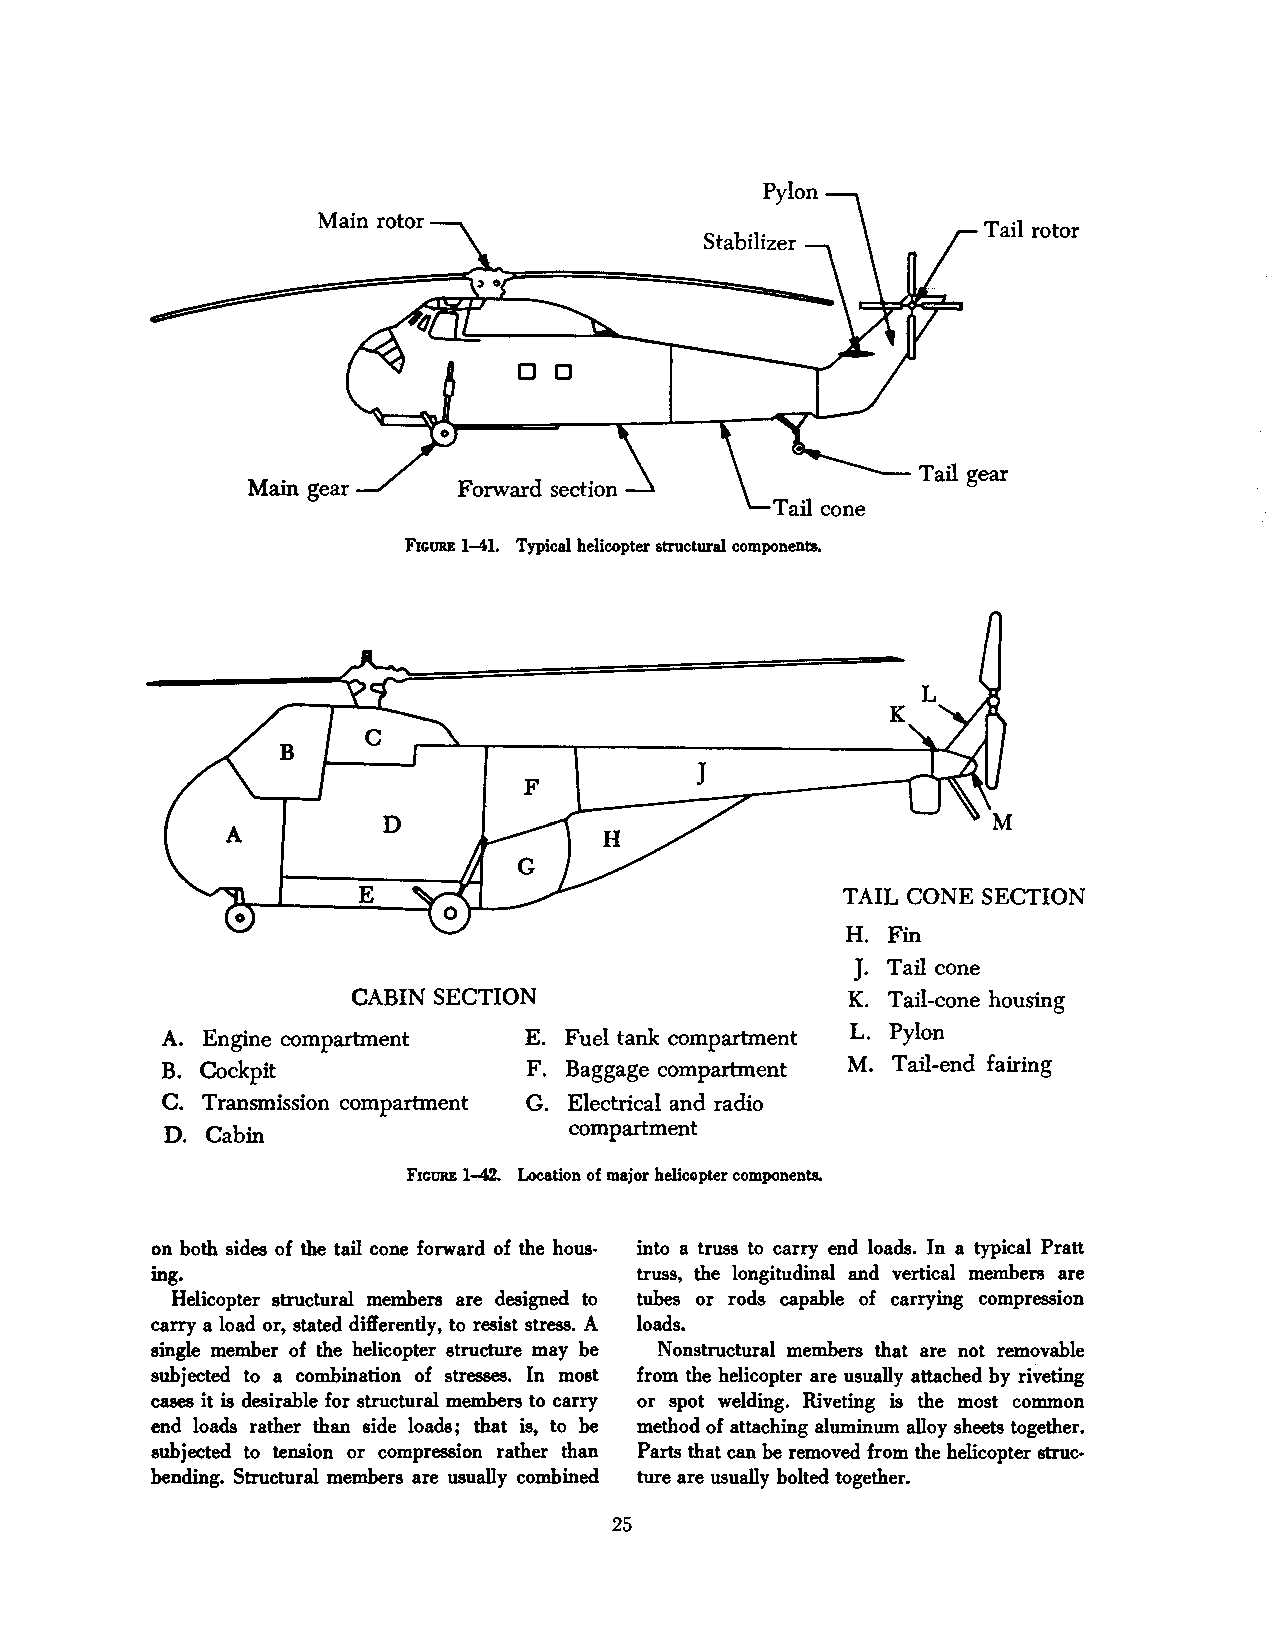
Main rotor
 Tail rotor
 Stabilizer
 DO
 Main gear     Forward section
 FIGURE 1-U. Typical helicopter structural components.
 K
 J
 TAIL CONE SECTION
 H. Fin
 J.
 Tail cone
 CABIN SECTION                    K. Tail-cone housing
 A. Engine compartment   E. Fuel tank compartment L. Pylon
 B. Cockpit              F. Baggage compartment M. Tail-end fairing
 C. Transmission compartment G. Electrical and radio
 compartment
 D. Cabin
 FIGURE 1-42. Location of major helicopter components.
 on both sides of the tail cone forward of the hous into a truss to carry end loads. In a typical Pratt
 ing.                            truss, the longitudinal and vertical members are
 Helicopter structural members are designed to tubes or rods capable of carrying compression
 carry a load or, stated differently, to resist stress. A loads.
 single member of the helicopter structure may be Nonstructural members that are not removable
 subjected to a combination of stresses. In most from the helicopter are usually attached by riveting
 cases it is desirable for structural members to carry or spot welding. Riveting is the most common
 end loads rather than side loads; that is, to be method of attaching aluminum alloy sheets together.
 subjected to tension or compression rather than Parts that can be removed from the helicopter struc·
 bending. Structural members are usually combined tore are usually bolted together.
 25